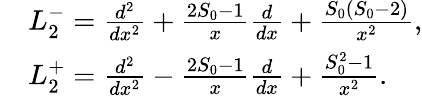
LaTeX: \begin{array}{rl}&{L_{2}^{-}=\frac{d^{2}}{dx^{2}}+\frac{2S_{0}-1}{x}\frac{d}{dx}+\frac{S_{0}(S_{0}-2)}{x^{2}},}\\ &{L_{2}^{+}=\frac{d^{2}}{dx^{2}}-\frac{2S_{0}-1}{x}\frac{d}{dx}+\frac{S_{0}^{2}-1}{x^{2}}.}\end{array}